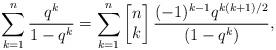
LaTeX: \begin{align*}\sum_{k=1}^{n} \frac{q^k}{1 - q^k} = \sum_{k=1}^{n}\left[\begin{matrix} n\\k\end{matrix}\right]\frac{(-1)^{k-1} q^{k(k+1)/2}}{(1-q^k)},\end{align*}